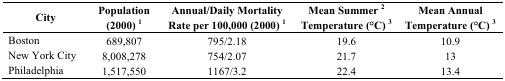
<table><thead><tr><td><b>City</b></td><td><b>Population (2000) <sup>1</sup></b></td><td><b>Annual/Daily Mortality Rate per 100,000 (2000) <sup>1</sup></b></td><td><b>Mean Summer<sup>2 </sup> Temperature (°C) <sup>3</sup></b></td><td><b>Mean Annual Temperature (°C) <sup>3</sup></b></td></tr></thead><tbody><tr><td>Boston</td><td>689,807</td><td>795/2.18</td><td>19.6</td><td>10.9</td></tr><tr><td>New York City</td><td>8,008,278</td><td>754/2.07</td><td>21.7</td><td>13</td></tr><tr><td>Philadelphia</td><td>1,517,550</td><td>1167/3.2</td><td>22.4</td><td>13.4</td></tr></tbody></table>